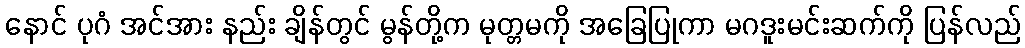
နောင် ပုဂံ အင်အား နည်း ချိန်တွင် မွန်တို့က မုတ္တမကို အခြေပြုကာ မဂဒူးမင်းဆက်ကို ပြန်လည်